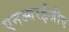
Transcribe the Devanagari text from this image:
एनआरईजीए